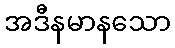
အဒီနမာနသော